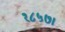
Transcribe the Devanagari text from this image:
१८५७।